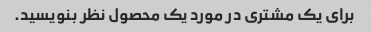
برای یک مشتری در مورد یک محصول نظر بنویسید.